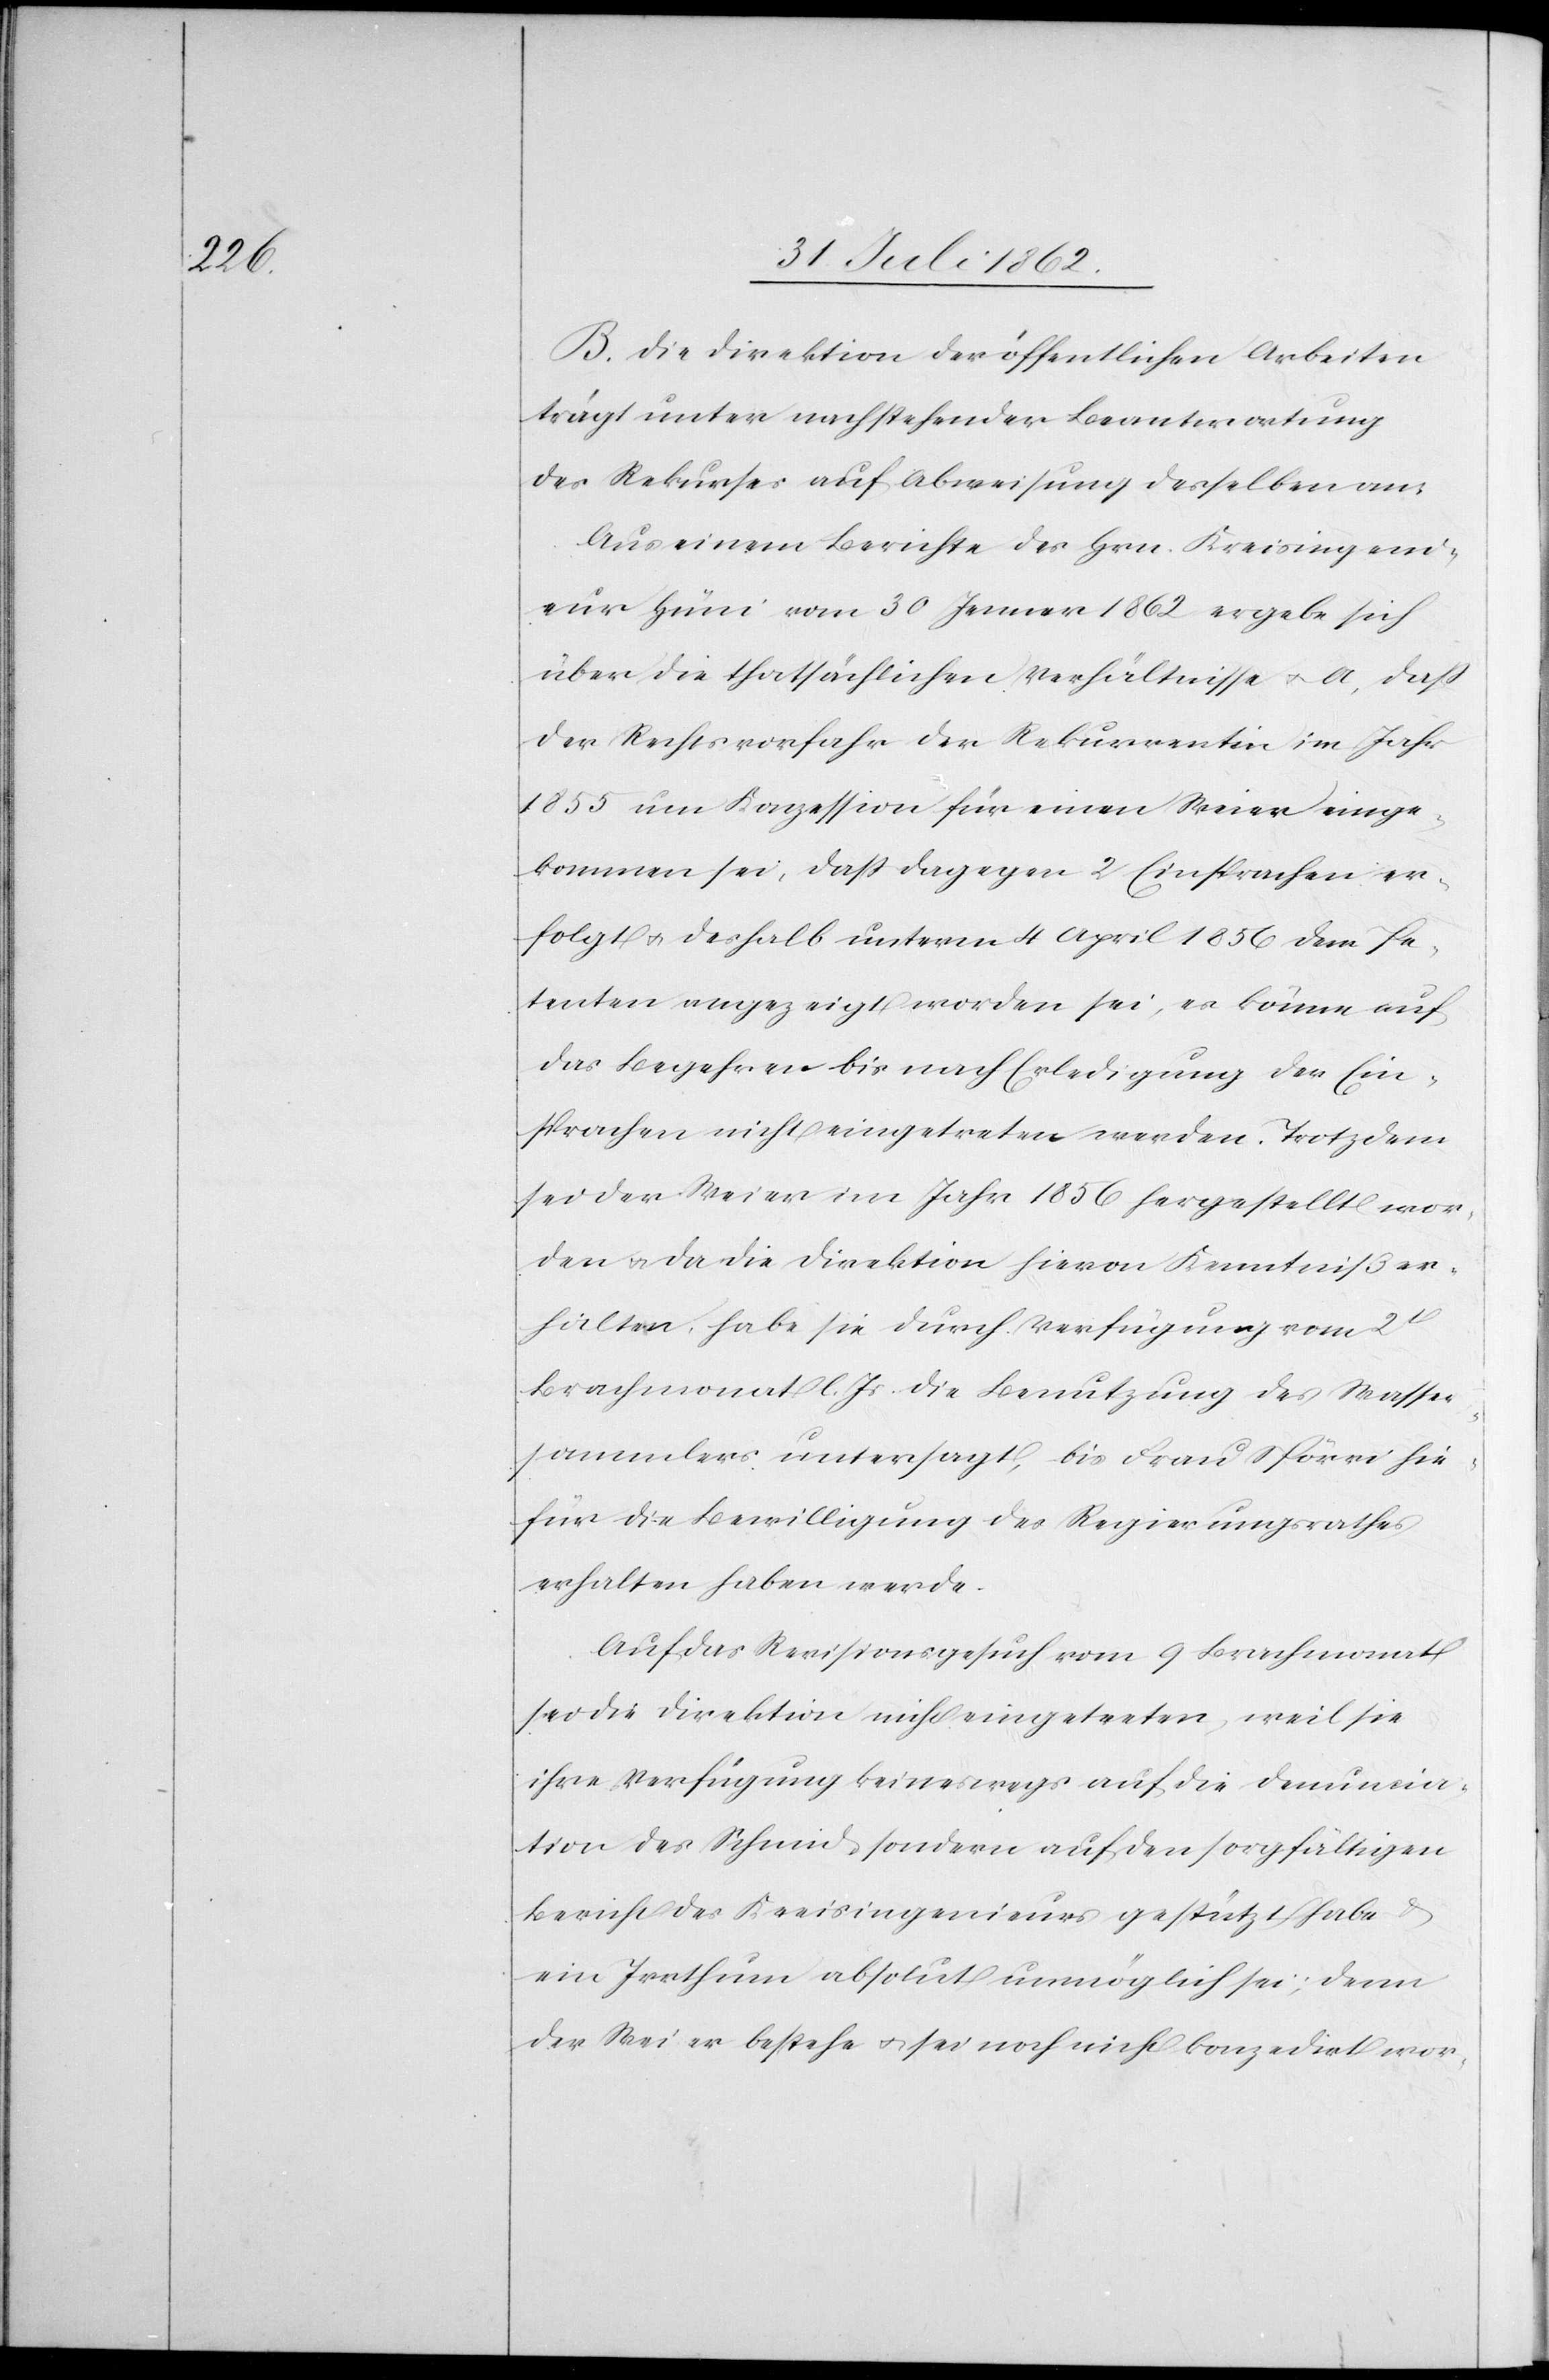
B. Die Direktion der öffentlichen Arbeiten
trägt unter nachstehender Beantwortung
des Rekurses auf Abweisung desselben an:
Aus einem Berichte des Hrn. Kreisingeni¬
eur Hüni vom 30. Jenner 1862 ergebe sich
über die thatsächlichen Verhältnisse u. A., daß
der Rechtsvorfahr der Rekurrentin im Jahr
1855 um Konzession für einen Weier einge¬
kommen sei, daß dagegen 2 Einsprachen er¬
folgt u. deshalb unterm 4. April 1856 dem Pe¬
tenten angezeigt worden sei, es könne auf
das Begehren bis nach Erledigung der Ein¬
sprachen nicht eingetreten werden. Trotzdem
sei der Weier im Jahr 1856 hergestellt wor¬
den u. da die Direktion hievon Kenntniß er¬
halten, habe sie durch Verfügung vom 2t
Brachmonat l. Js. die Benutzung des Wasser¬
sammlers untersagt, bis Frau Spörri hie¬
für die Bewilligung des Regierungsrathes
erhalten haben werde.
Auf das Revisionsgesuch vom 9. Brachmonat
sei die Direktion nicht eingetreten, weil sie
ihre Verfügung keineswegs auf die Denuncia¬
tion des Schmid, sondern auf den sorgfältigen
Bericht des Kreisingenieurs gestützt habe u.
ein Irrthum absolut unmöglich sei, denn
der Weier bestehe u. sei noch nicht konzedirt wor-